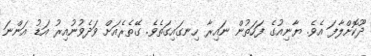
ދޫކޮށްލާފަ އެވެ. ޔާނިއުގެ ފަހަތުން ނައިރާ ހިނގައިގަތެވެ. ގޭތެރެއަށް ވަދެވުނުއިރު އަޑު އަންނަ